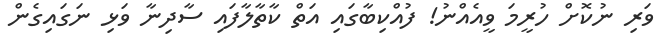
ވަރި ނުކޮށް ހުރީމަ ވީއެއްނު! ފުއްކިބާގައި އަތް ކާތާލާފައި ސާދިނާ ވަޅި ނަގައިގެން